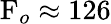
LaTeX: \mathrm{F}_{o}\approx 126